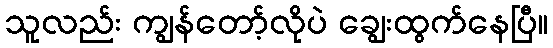
သူလည်း ကျွန်တော့်လိုပဲ ချွေးထွက်နေပြီ။